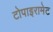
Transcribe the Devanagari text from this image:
टोपाइरामेट